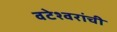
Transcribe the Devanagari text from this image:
वटेश्वरांची